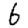
Digit: 6